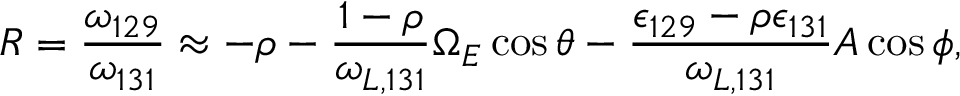
R = \frac { \omega _ { 1 2 9 } } { \omega _ { 1 3 1 } } \approx - \rho - \frac { 1 - \rho } { \omega _ { L , 1 3 1 } } \Omega _ { E } \cos \theta - \frac { \epsilon _ { 1 2 9 } - \rho \epsilon _ { 1 3 1 } } { \omega _ { L , 1 3 1 } } A \cos \phi ,